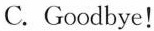
C.Goodbye!